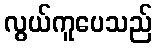
လွယ်ကူပေသည်